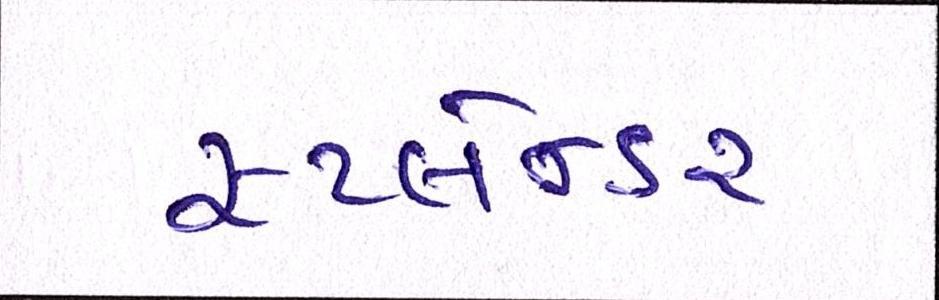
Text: સ્પ્લેન્ડર